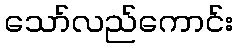
သော်လည်ကောင်း